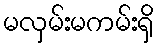
မလှမ်းမကမ်းရှိ